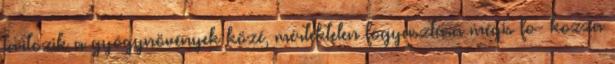
tartozik a gyógynövények közé, mértéktelen fogyasztása mégis fo- kozza